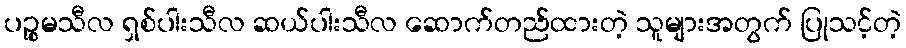
ပဉ္စမသီလ ရှစ်ပါးသီလ ဆယ်ပါးသီလ ဆောက်တည်ထားတဲ့ သူများအတွက် ပြုသင့်တဲ့